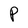
Character: P